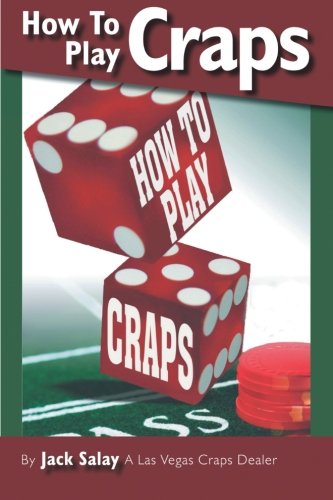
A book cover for How To Play Craps: By Jack Salay A Las Vegas Craps Dealer; Jack Salay; Humor & Entertainment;